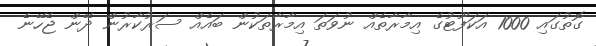
ގޮތުގައި 1000 އަކަފޫޓުގެ އިމާރާތެއް ނުވަތަ އިމާރާތަކުން ބައެއް ސަރުކާރުން ދޭން ޖެހޭނެ